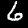
Digit: 6